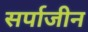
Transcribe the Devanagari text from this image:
सर्पाजीन